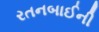
રતનબાઈની